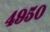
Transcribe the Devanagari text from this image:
४९५०